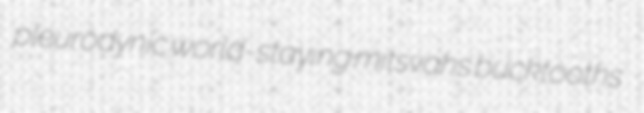
pleurodynic world-staying mitsvahs bucktooths